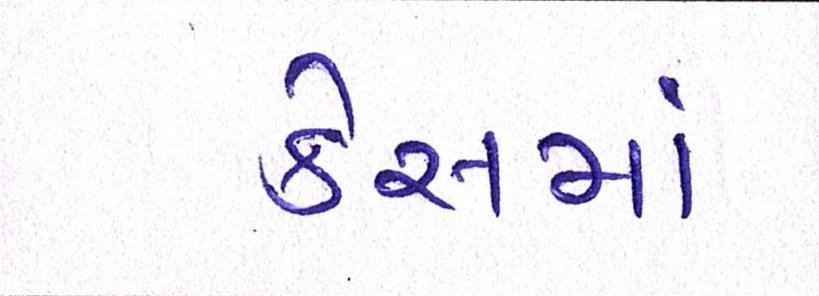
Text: કેસમાં